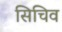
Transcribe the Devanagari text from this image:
सिचिव